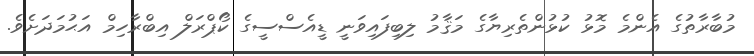
މުބާރާތުގެ އެންމެ މޮޅު ކުޅުންތެރިޔާގެ މަޤާމު ލިބިފައިވަނީ ޑީއެސްސީގެ ކޯޕްރަލް އިބްރާހިމް އަޙުމަދަށެވެ.